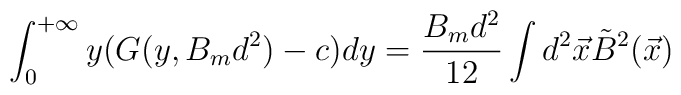
\int_{0}^{+\infty}y(G(y,B_{m}d^{2})-c)dy=\frac{B_{m}d^{2}}{12}\int d^{2}\vec{x}\tilde{B}^{2}(\vec{x})